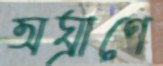
অঘ্রাণে